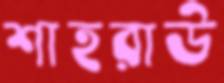
শাহরাউ